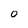
Character: 0